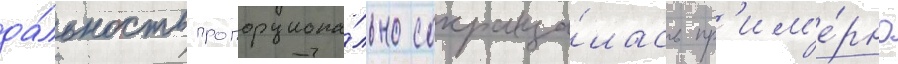
да́льность пропорциона́льно сокраща́лась пр'им'е́рно